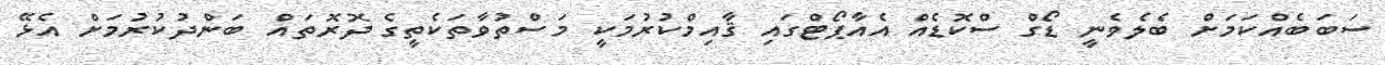
ސަބަބެއްކަމަށް ބެލެވެނީ ޑޯގް ސްކޮޑެއް އެއާޕޯޓްގައި ޤާއިމްކުރުމަކީ މަސްތުވާތަކެތީގެ ދޮރޮތައް ބަންދުކުރުމަށް އެޅޭ